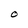
Character: O